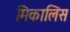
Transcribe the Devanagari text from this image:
मिकालिस